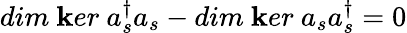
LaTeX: dim\ \mathbf{k}er\ a_{s}^{\dagger}a_{s}-dim\ \mathbf{k}er\ a_{s}a_{s}^{\dagger}=0